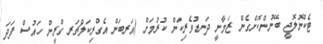
ޓެކްނޮލޮޖީ ބޭނުންކޮށްގެން ޒަމާނީ ދަނޑުވެރިކަން ކުރުމަށް (އަރބަން އެގްރިކަލްޗަރ ގްރީން ހައުސް ފަދަ